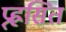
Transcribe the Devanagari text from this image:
प्र्ह्रसित